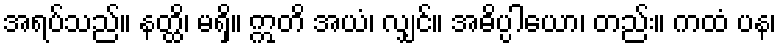
အရပ်သည်။ နတ္ထိ၊ မရှိ။ ဣတိ အယံ၊ လျှင်။ အဓိပ္ပါယော၊ တည်း။ ကထံ ပန၊